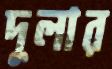
দুলার